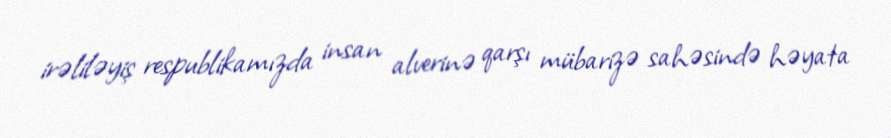
irəliləyiş respublikamızda insan alverinə qarşı mübarizə sahəsində həyata